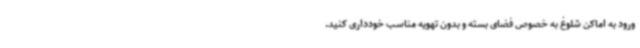
ورود به اماکن شلوغ به خصوص فضای بسته و بدون تهویه مناسب خودداری کنید.